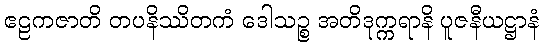
ဧဠကဇာတိ တပနိဿိတကံ ဒေါသဉ္စ အတိဒုက္ကရာနိ ပူဇနီယဋ္ဌာနံ